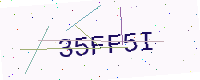
Text: 35FF5I